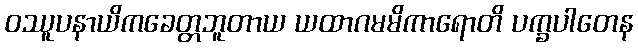
ဝဿူပနာယိကခေတ္တဘူတာယ ယထာဂမမိကာရောတိ ပက္ခပါတေန